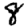
Digit: 8